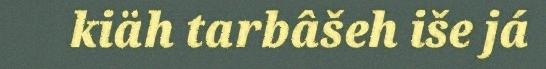
kiäh tarbâšeh iše já